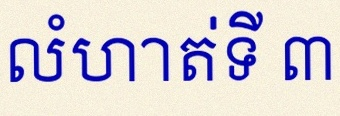
លំហាត់ទី ៣